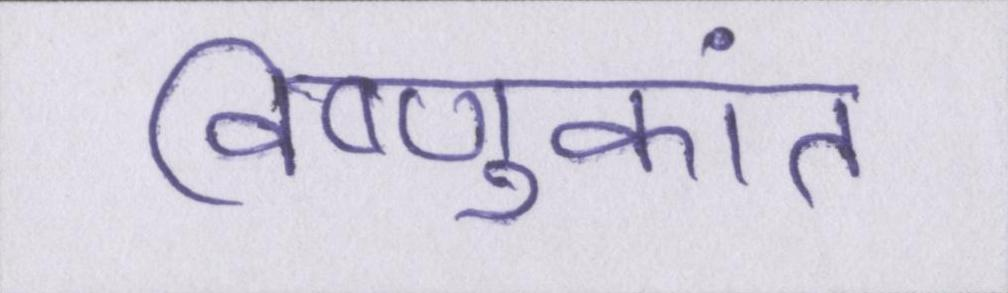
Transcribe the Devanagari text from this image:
विष्णुकांत